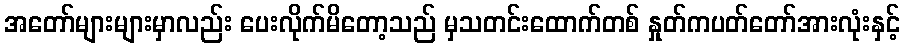
အတော်များများမှာလည်း ပေးလိုက်မိတော့သည် မှသတင်းထောက်တစ် နှုတ်ကပတ်တော်အားလုံးနှင့်